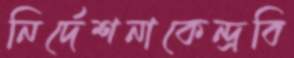
নির্দেশনাকেন্দ্রবি